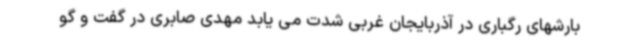
بارشهای رگباری در آذربایجان غربی شدت می یابد مهدی صابری در گفت و گو